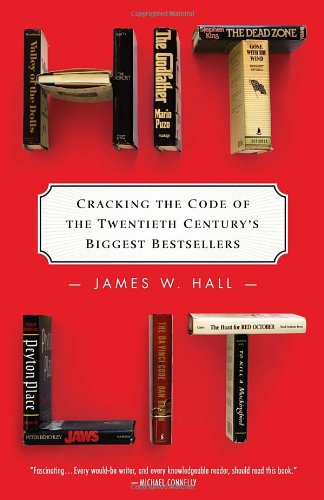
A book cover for Hit Lit: Cracking the Code of the Twentieth Century's Biggest Bestsellers; James W. Hall; Business & Money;